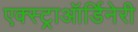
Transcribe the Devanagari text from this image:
एक्स्ट्राऑर्डिनेरी